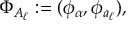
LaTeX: \Phi _ { A _ { \ell } } : = ( \phi _ { \alpha } , \phi _ { a _ { \ell } } ) ,